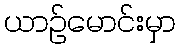
ယာဉ်မောင်းမှာ